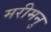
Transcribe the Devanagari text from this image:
मरीमनु